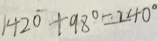
1 4 2 ^ { \circ } + 9 8 ^ { \circ } = 2 4 0 ^ { \circ }